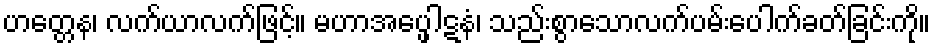
ဟတ္တေန၊ လက်ယာလက်ဖြင့်။ မဟာအပ္ဖေါဋနံ၊ သည်းစွာသောလက်ပမ်းပေါက်ခတ်ခြင်းကို။